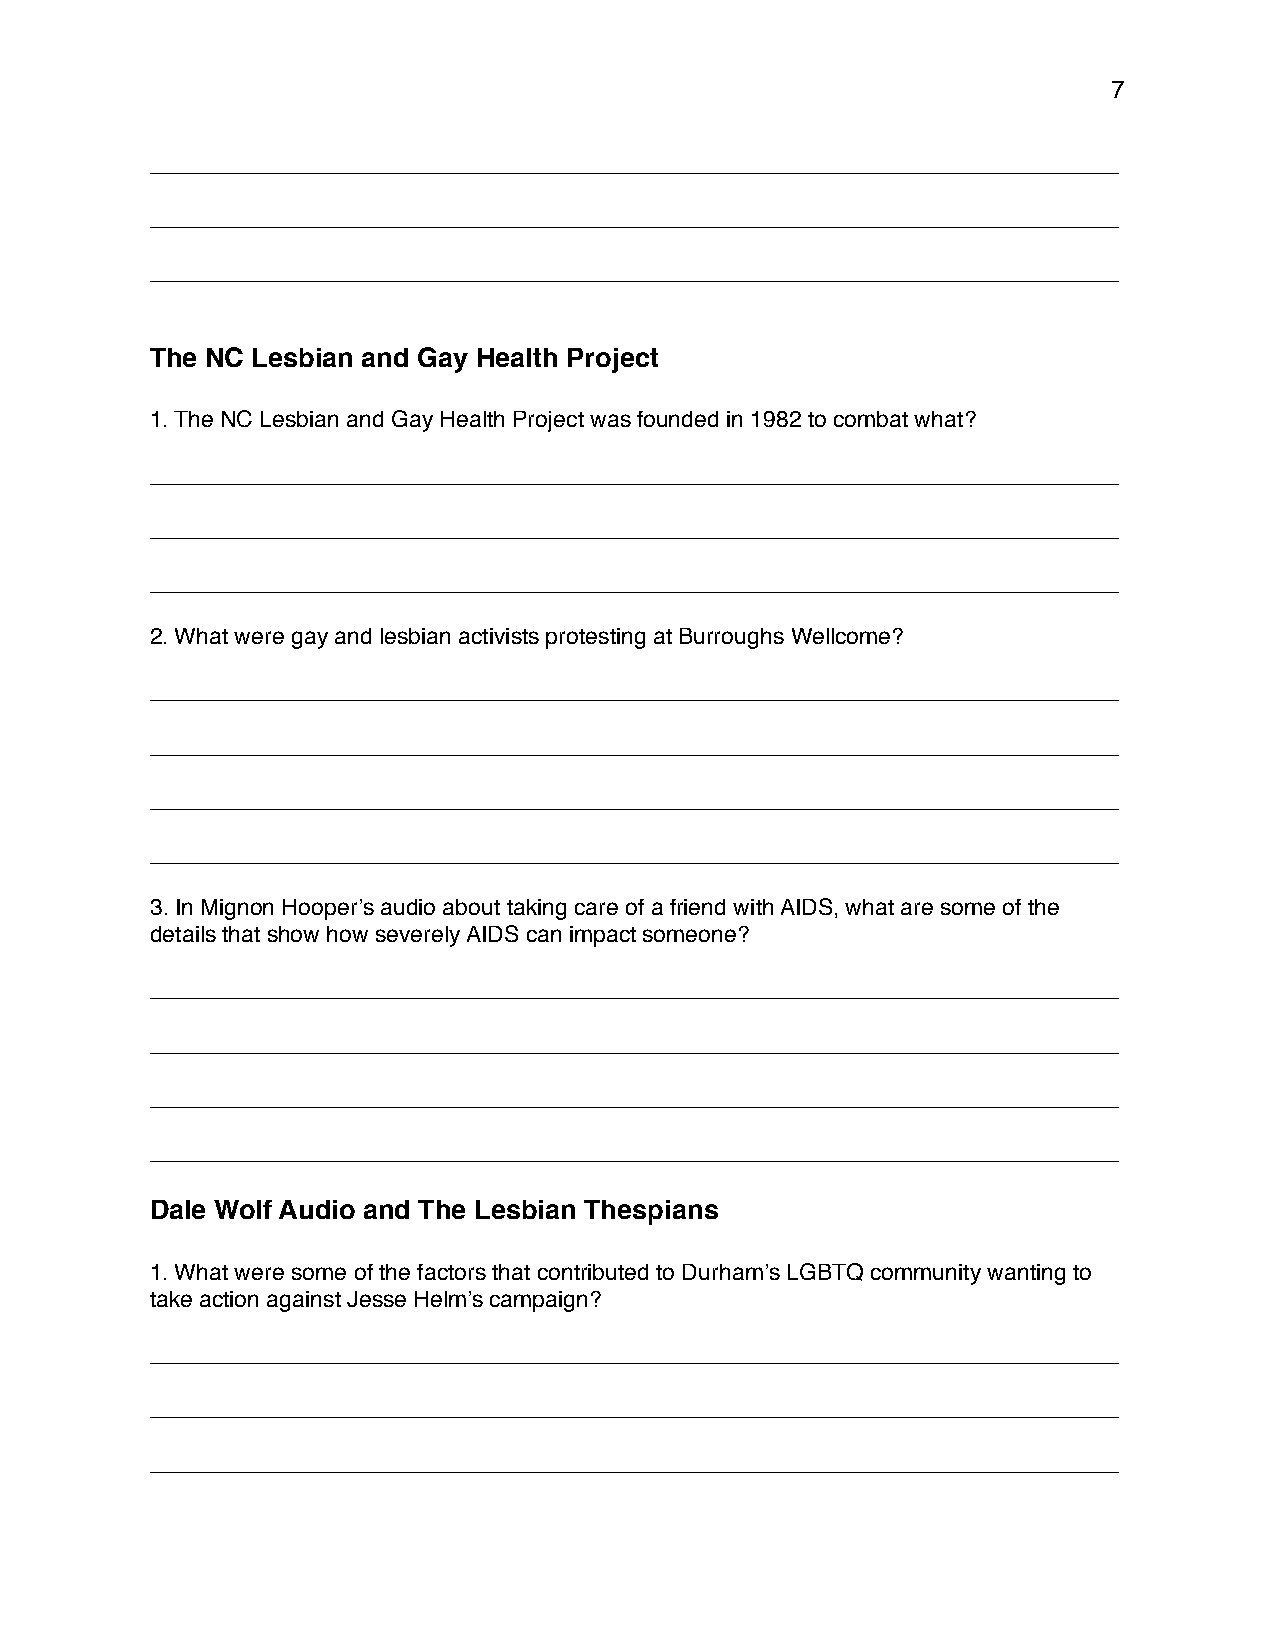
7
 ____________________________________________________________________________
 ____________________________________________________________________________
 ____________________________________________________________________________
 The NC Lesbian and Gay Health Project
 1. The NC Lesbian and Gay Health Project was founded in 1982 to combat what?
 ____________________________________________________________________________
 ____________________________________________________________________________
 ____________________________________________________________________________
 2. What were gay and lesbian activists protesting at Burroughs Wellcome?
 ____________________________________________________________________________
 ____________________________________________________________________________
 ____________________________________________________________________________
 ____________________________________________________________________________
 3. In Mignon Hooper’s audio about taking care of a friend with AIDS, what are some of the
 details that show how severely AIDS can impact someone?
 ____________________________________________________________________________
 ____________________________________________________________________________
 ____________________________________________________________________________
 ____________________________________________________________________________
 Dale Wolf Audio and The Lesbian Thespians
 1. What were some of the factors that contributed to Durham’s LGBTQ community wanting to
 take action against Jesse Helm’s campaign?
 ____________________________________________________________________________
 ____________________________________________________________________________
 ____________________________________________________________________________